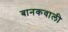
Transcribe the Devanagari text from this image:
बानकवाली